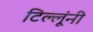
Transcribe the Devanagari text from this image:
टिल्लूंनी